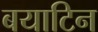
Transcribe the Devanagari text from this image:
बयाटिन